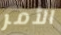
الأمر